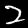
Digit: 2